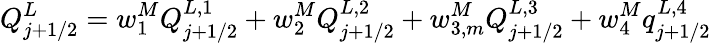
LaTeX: Q_{j+1/2}^{L}=w_{1}^{M}Q_{j+1/2}^{L,1}+w_{2}^{M}Q_{j+1/2}^{L,2}+w_{3,m}^{M}Q_{j+1/2}^{L,3}+w_{4}^{M}q_{j+1/2}^{L,4}